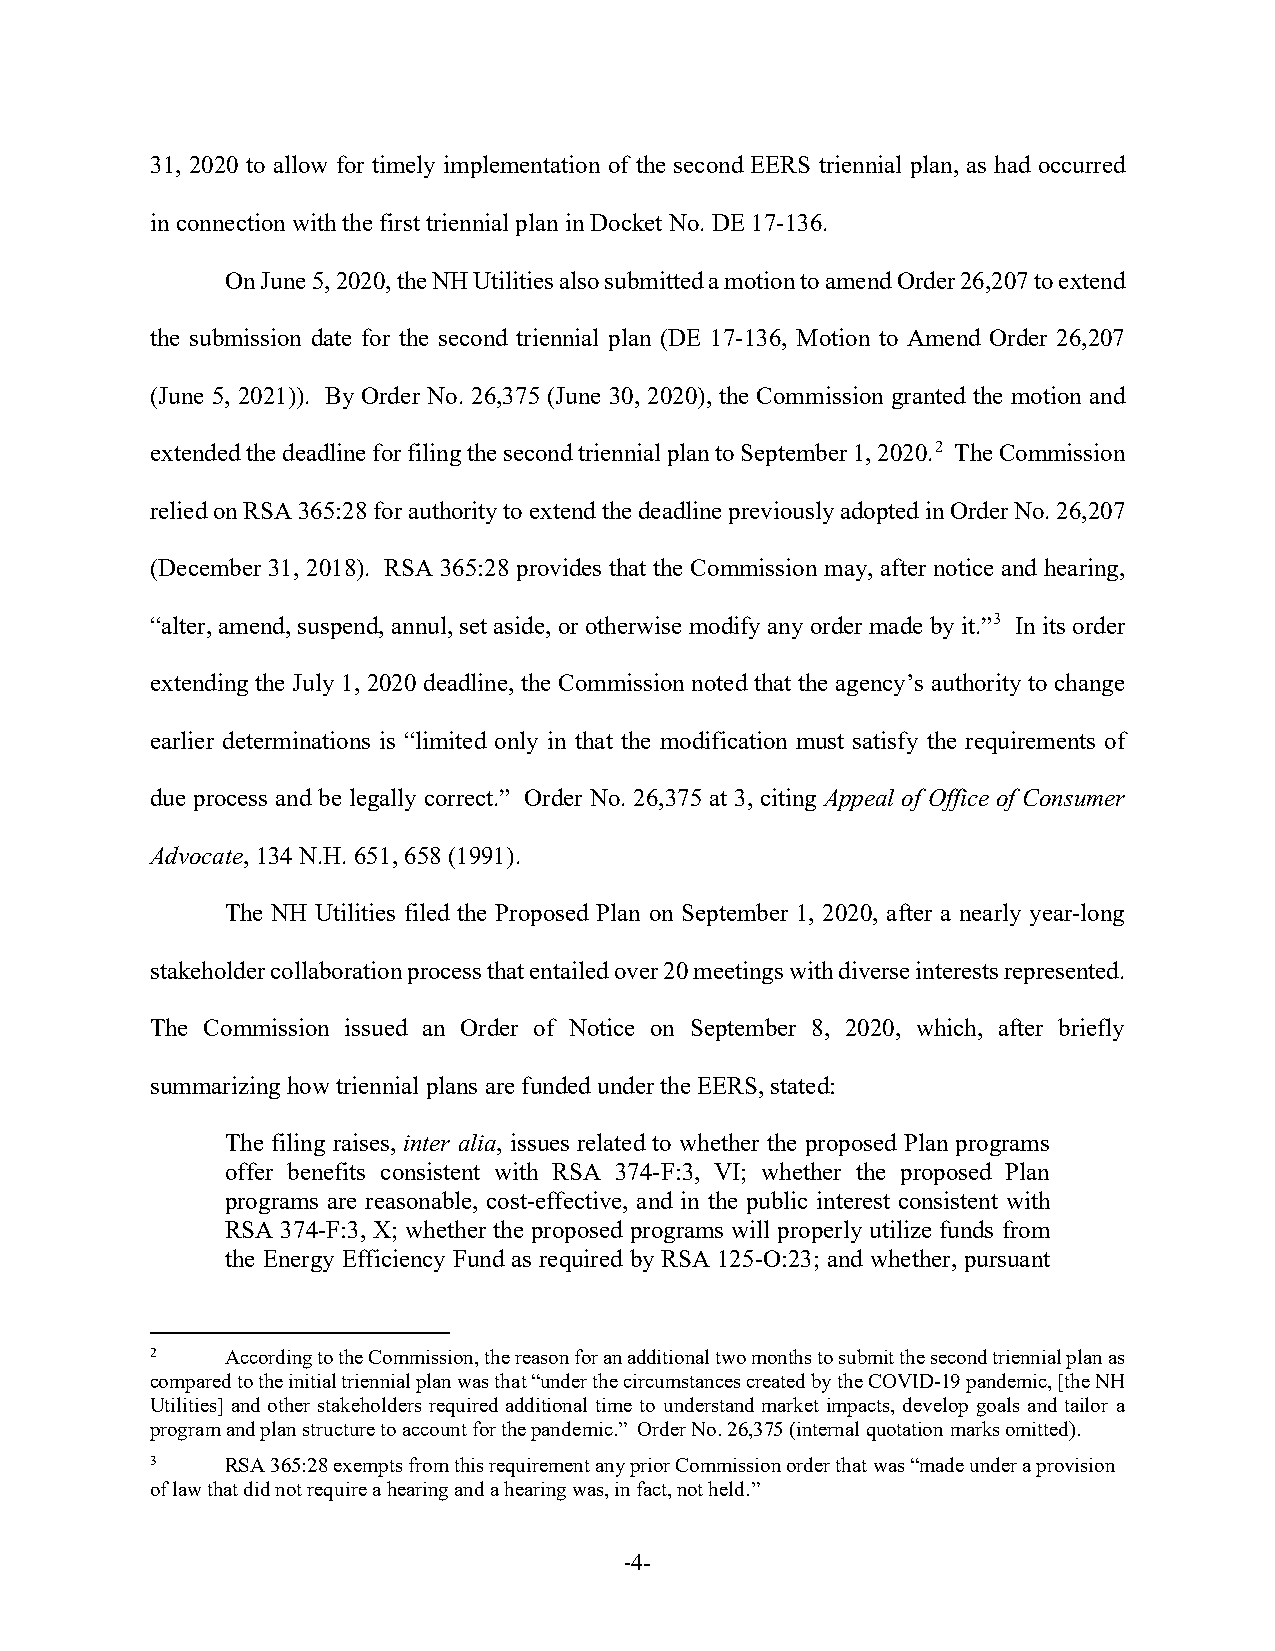
31, 2020 to allow for timely implementation of the second EERS triennial plan, as had occurred
 in connection with the first triennial plan in Docket No. DE 17-136.
 On June 5, 2020, the NH Utilities also submitted a motion to amend Order 26,207 to extend
 the submission date for the second triennial plan (DE 17-136, Motion to Amend Order 26,207
 (June 5, 2021)). By Order No. 26,375 (June 30, 2020), the Commission granted the motion and
 extended the deadline for filing the second triennial plan to September 1, 2020.2 The Commission
 relied on RSA 365:28 for authority to extend the deadline previously adopted in Order No. 26,207
 (December 31, 2018). RSA 365:28 provides that the Commission may, after notice and hearing,
 “alter, amend, suspend, annul, set aside, or otherwise modify any order made by it.”3 In its order
 extending the July 1, 2020 deadline, the Commission noted that the agency’s authority to change
 earlier determinations is “limited only in that the modification must satisfy the requirements of
 due process and be legally correct.” Order No. 26,375 at 3, citing Appeal of Office of Consumer
 Advocate, 134 N.H. 651, 658 (1991).
 The NH Utilities filed the Proposed Plan on September 1, 2020, after a nearly year-long
 stakeholder collaboration process that entailed over 20 meetings with diverse interests represented.
 The Commission issued an Order of Notice on September 8, 2020, which, after briefly
 summarizing how triennial plans are funded under the EERS, stated:
 The filing raises, inter alia, issues related to whether the proposed Plan programs
 offer benefits consistent with RSA 374-F:3, VI; whether the proposed Plan
 programs are reasonable, cost-effective, and in the public interest consistent with
 RSA 374-F:3, X; whether the proposed programs will properly utilize funds from
 the Energy Efficiency Fund as required by RSA 125-O:23; and whether, pursuant
 2    According to the Commission, the reason for an additional two months to submit the second triennial plan as
 compared to the initial triennial plan was that “under the circumstances created by the COVID-19 pandemic, [the NH
 Utilities] and other stakeholders required additional time to understand market impacts, develop goals and tailor a
 program and plan structure to account for the pandemic.” Order No. 26,375 (internal quotation marks omitted).
 3    RSA 365:28 exempts from this requirement any prior Commission order that was “made under a provision
 of law that did not require a hearing and a hearing was, in fact, not held.”
 -4-